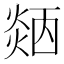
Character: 𤌜